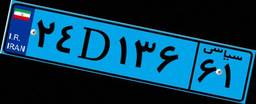
۴۸D۶۰۹۸۷